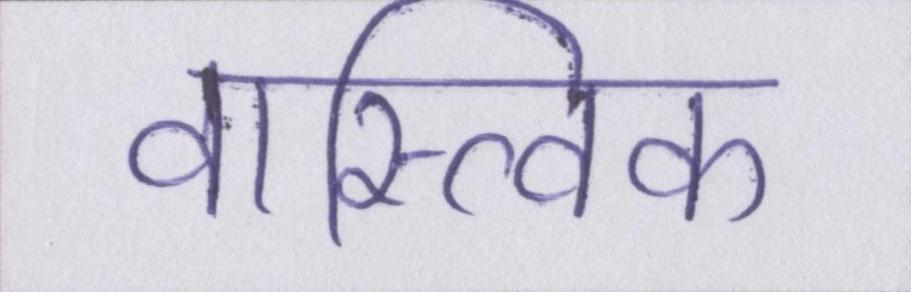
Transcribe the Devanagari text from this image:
वास्त्विक